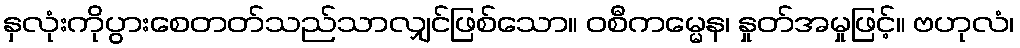
နှလုံးကိုပွားစေတတ်သည်သာလျှင်ဖြစ်သော။ ဝစီကမ္မေန၊ နှုတ်အမှုဖြင့်။ ဗဟုလံ၊